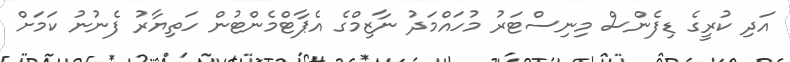
އަދި ކުރީގެ ޑިފެންސް މިނިސްޓަރު މުހައްމަދު ނާޒިމްގެ އެޕާޓްމެންޓުން ހަތިޔާރު ފެނުނު ކަމަށް